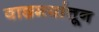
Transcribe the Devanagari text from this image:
वाङमयांतून